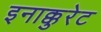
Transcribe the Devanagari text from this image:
इनाक्कुरेट